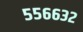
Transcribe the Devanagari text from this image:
५५६६३२